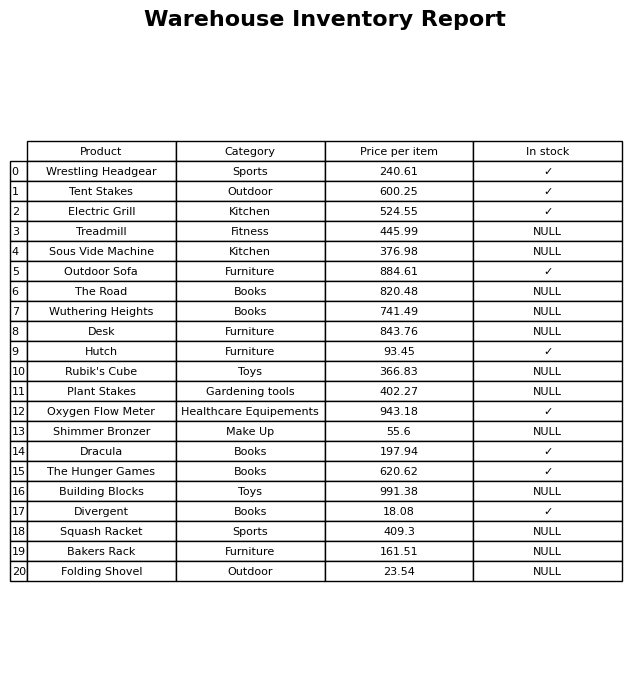
question: What category does the Desk belong to?
answer: Furniture